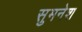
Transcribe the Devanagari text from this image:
सुमनेश